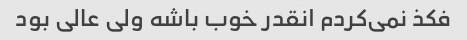
فکذ نمی‌کردم انقدر خوب باشه ولی عالی بود